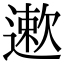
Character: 遬